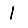
Digit: 1